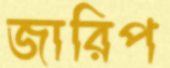
জারিপ